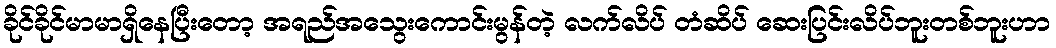
ခိုင်ခိုင်မာမာရှိနေပြီးတော့ အရည်အသွေးကောင်းမွန်တဲ့ လက်လိပ် တံဆိပ် ဆေးပြင်းလိပ်ဘူးတစ်ဘူးဟာ